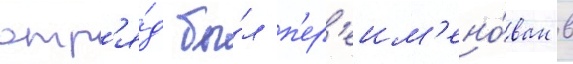
отр'я́д бы́л п'ер'еим'ено́ван в